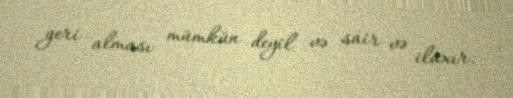
geri alması mümkün deyil və sair və ilaxır.